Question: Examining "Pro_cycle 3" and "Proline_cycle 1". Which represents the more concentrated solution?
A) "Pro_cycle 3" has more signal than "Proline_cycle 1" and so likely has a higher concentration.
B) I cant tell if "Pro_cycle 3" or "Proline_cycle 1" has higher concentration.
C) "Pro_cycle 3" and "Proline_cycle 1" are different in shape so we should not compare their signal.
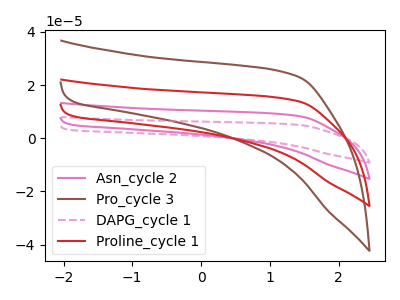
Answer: <think>The pink curve "Asn_cycle 2" has no peaks. The brown curve "Pro_cycle 3" has no peaks. The pink dashed curve "DAPG_cycle 1" has no peaks. The red curve "Proline_cycle 1" has no peaks.
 Neither "Pro_cycle 3" or "Proline_cycle 1" have any peaks.</think>
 <answer>B) I cant tell if "Pro_cycle 3" or "Proline_cycle 1" has higher concentration.</answer>
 <eval>B</eval>